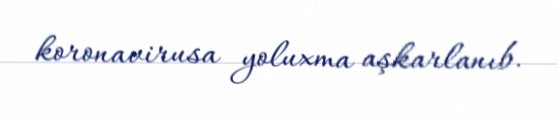
koronavirusa yoluxma aşkarlanıb.